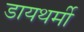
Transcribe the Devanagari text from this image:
डायथर्मी